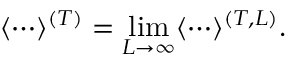
\langle \cdots \rangle ^ { ( T ) } = \operatorname * { l i m } _ { L \to \infty } \langle \cdots \rangle ^ { ( T , L ) } .